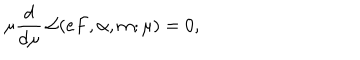
\mu \frac { d } { d \mu } \, { \cal L } ( e F , \alpha , m ; \mu ) = 0 ,